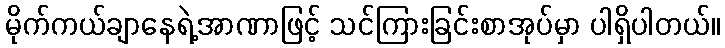
မိုက်ကယ်ချာနေရဲ့အာဏာဖြင့် သင်ကြားခြင်းစာအုပ်မှာ ပါရှိပါတယ်။